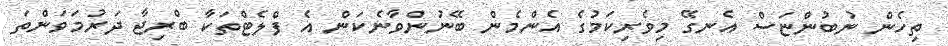
ތިހެން ނުބުންޏަސް އެނގޭ މިވެރިކަމުގެ އެެންމެން ބޭނުންވާނެކަން އެ ފްލެޓްތަކާ ބްރިޖާ ދަރުމަވަންތަ